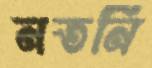
নতনি